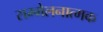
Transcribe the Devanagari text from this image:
सम्मेलनात्मक